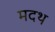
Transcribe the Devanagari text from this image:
मदथ